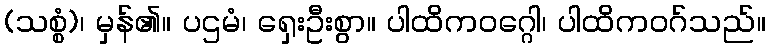
(သစ္စံ)၊ မှန်၏။ ပဌမံ၊ ရှေးဦးစွာ။ ပါထိကဝဂ္ဂေါ၊ ပါထိကဝဂ်သည်။